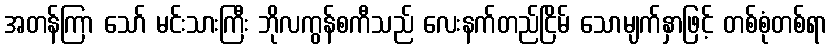
အတန်ကြာ သော် မင်းသားကြီး ဘိုလကွန်စကီသည် လေးနက်တည်ငြိမ် သောမျက်နှာဖြင့် တစ်စုံတစ်ရာ